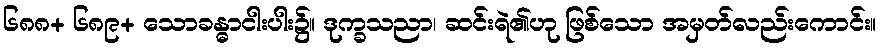
၆၈၈+ ၆၈၉+ သောခန္ဓာငါးပါး၌။ ဒုက္ခသညာ၊ ဆင်းရဲ၏ဟု ဖြစ်သော အမှတ်လည်းကောင်း။